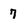
Character: 7